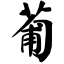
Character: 葡